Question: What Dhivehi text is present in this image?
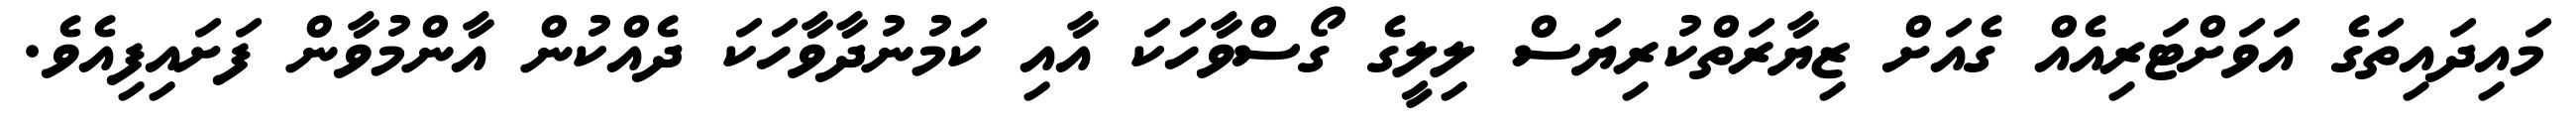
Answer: މައިދައިތަގެ އަވަށްޓަރިއެއް ގެއަށް ޒިޔާރަތްކުރިޔަސް ލިލީގެ ގޯސްވާހަކަ އާއި ކަމުނުދާވާހަކަ ދެއްކުން އާންމުވާން ފަށައިފިއެވެ.